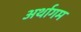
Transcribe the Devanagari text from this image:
अर्थागम